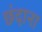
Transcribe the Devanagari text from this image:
छंदाना